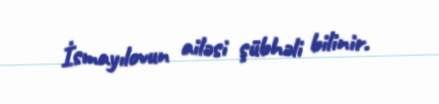
İsmayılovun ailəsi şübhəli bilinir.